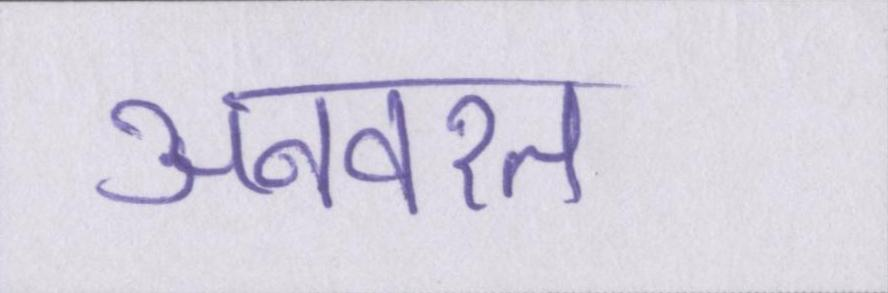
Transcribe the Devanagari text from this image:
अनवरत